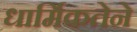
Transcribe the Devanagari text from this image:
धार्मिकतेने